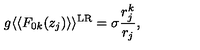
g \langle \langle F _ { 0 k } ( z _ { j } ) \rangle \rangle ^ { \mathrm { L R } } = \sigma \frac { r _ { j } ^ { k } } { r _ { j } } ,